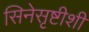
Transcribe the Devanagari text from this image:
सिनेसृष्टीशी